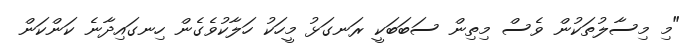
"މި މިސާލުތަކުން ވެސް މިތިން ސަބަބަކީ ރަނގަޅު މީހަކު ހަލާކުވެގެން ހިނގައިދާނެ ކަންކަން